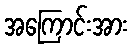
အကြောင်းအား